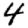
Digit: 4